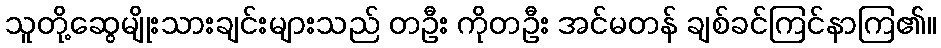
သူတို့ဆွေမျိုးသားချင်းများသည် တဦး ကိုတဦး အင်မတန် ချစ်ခင်ကြင်နာကြ၏။